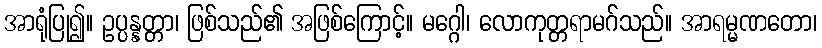
အာရုံပြု၍။ ဥပ္ပန္နတ္တာ၊ ဖြစ်သည်၏ အဖြစ်ကြောင့်။ မဂ္ဂေါ၊ လောကုတ္တရာမဂ်သည်။ အာရမ္မဏတော၊